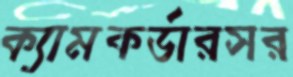
ক্যামকর্ডারসর